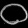
Digit: ၀